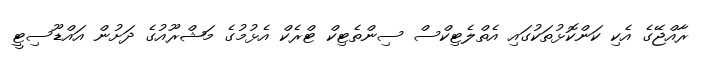
ރާއްޖޭގެ އެކި ކަންކޮޅުތަކުގައި އެތްލެޓިކްސް ސިންތެޓިކް ޓްރެކް އެޅުމުގެ މަޝްރޫއުގެ ދަށުން އައްޑޫސިޓީ